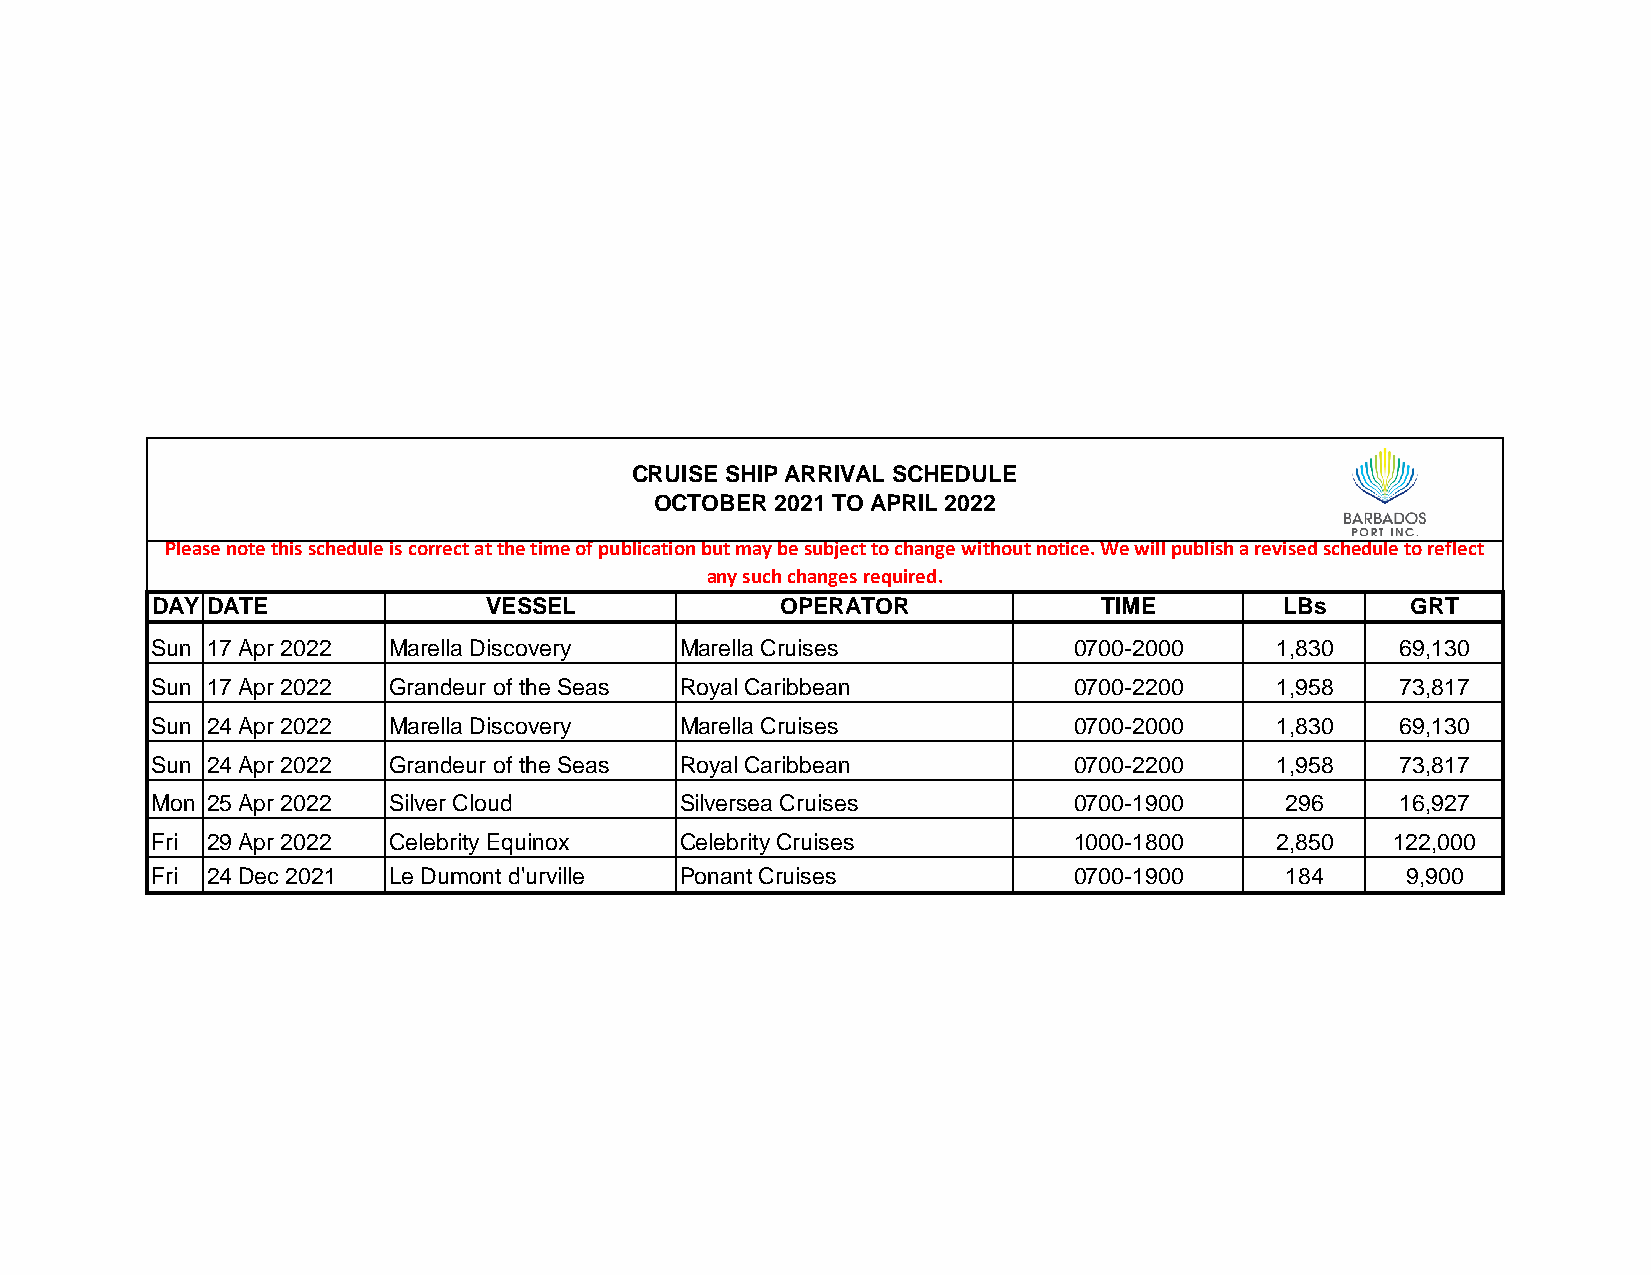
CRUISE SHIP ARRIVAL SCHEDULE
 OCTOBER 2021 TO APRIL 2022
 Please note this schedule is correct at the time of publication but may be subject to change without notice. We will publish a revised schedule to reflect
 any such changes required.
 DAY DATE              VESSEL              OPERATOR             TIME        LBs     GRT
 Sun 17 Apr 2022 Marella Discovery  Marella Cruises           0700-2000    1,830    69,130
 Sun 17 Apr 2022 Grandeur of the Seas Royal Caribbean         0700-2200    1,958    73,817
 Sun 24 Apr 2022 Marella Discovery  Marella Cruises           0700-2000    1,830    69,130
 Sun 24 Apr 2022 Grandeur of the Seas Royal Caribbean         0700-2200    1,958    73,817
 Mon 25 Apr 2022 Silver Cloud       Silversea Cruises         0700-1900     296     16,927
 Fri 29 Apr 2022 Celebrity Equinox  Celebrity Cruises         1000-1800    2,850   122,000
 Fri 24 Dec 2021 Le Dumont d'urville Ponant Cruises           0700-1900     184     9,900